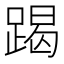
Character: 𨃃